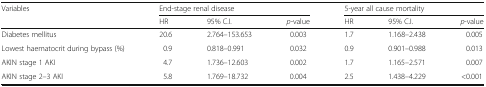
<table><thead><tr><td rowspan="2"><b>Variables</b></td><td colspan="3"><b>End-stage renal disease</b></td><td colspan="3"><b>5-year all cause mortality</b></td></tr><tr><td><b>HR</b></td><td><b>95% C.I.</b></td><td><b><i>p</i>-value</b></td><td><b>HR</b></td><td><b>95% C.I.</b></td><td><b><i>p</i>-value</b></td></tr></thead><tbody><tr><td>Diabetes mellitus</td><td>20.6</td><td>2.764–153.653</td><td>0.003</td><td>1.7</td><td>1.168–2.438</td><td>0.005</td></tr><tr><td>Lowest haematocrit during bypass (%)</td><td>0.9</td><td>0.818–0.991</td><td>0.032</td><td>0.9</td><td>0.901–0.988</td><td>0.013</td></tr><tr><td>AKIN stage 1 AKI</td><td>4.7</td><td>1.736–12.603</td><td>0.002</td><td>1.7</td><td>1.165–2.571</td><td>0.007</td></tr><tr><td>AKIN stage 2–3 AKI</td><td>5.8</td><td>1.769–18.732</td><td>0.004</td><td>2.5</td><td>1.438–4.229</td><td>&lt;0.001</td></tr></tbody></table>